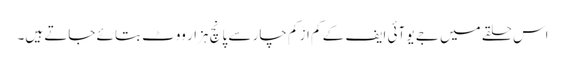
اس حلقے میں جے یو آئی ایف کے کم از کم چار سے پانچ ہزار ووٹ بتائے جاتے ہیں۔